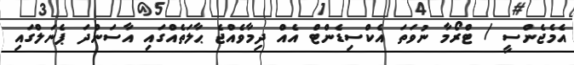
އެމެޖެންސީ / ޓްރޯމާ ނުވަތަ އެކްސިޑެންޓް އެއް ދިމާވެއްޖެ ޙާލަތެއްގައި އާސަންދަ ޕެނަލްގައި